Lunatic asylums United Provinces 1899-1908 - 1899-1908
Year: 1899
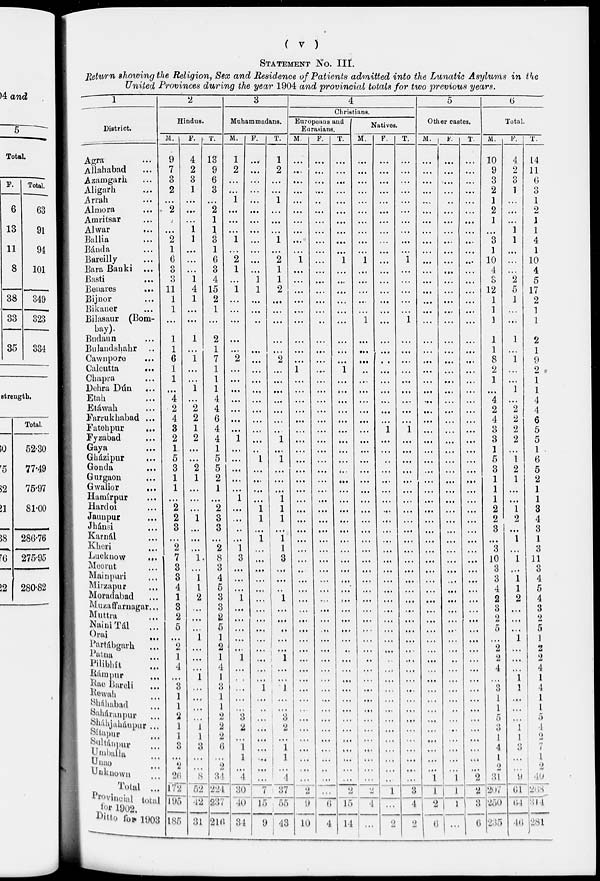
STATEMENT No. III.
Return showing the Religion, Sex and Residence of Patients admitted into the Lunatic Asylums in the
United Provinces during the year 1904 and provincial totals for two previous years.
1
District.
Agra ...
Allahabad ...
Azamgarh ...
Aligarh ...
Arrah ...
Almora...
Amritsar...
Alwar
...
Ballia ...
Bánda...
Bareilly...
Bara Banki ...
Basti
...
Benares
...
Bijnor ...
Bikaner ..
Bilasaur (Bom-
bay).
Budaun...
Bulandshahr...
Cawnpore
...
Calcutta
...
Chapra ...
Dehra Dún
...
Etah
. ..
Etáwah ...
Farrukhabad ...
Fatehpur ....
Fyzabad ...
Gaya...
Gházipur...
Gonda...
Gurgaon...
Gwalior
...
Hamzírpur...
Hardoi...
Jaunpur...
Jhánsi...
Karnál...
Kheri...
Lucknow...
Meerut...
Mainpuri...
Mirzapur...
Moradabad...
Muzaffarnagar...
Muttra...
Naini Tal...
Orai...
Partábgarh
...
Patna
Pilibhát
Rámpur ...
Rae Bareli ...
Rewah...
Sháhabad...
Saháranpur...
Sháhjahánpur ...
Sítapur...
Sultánpur...
Umbala...
Unao
Unknown...
Total ...
Provincial total
for 1902.
Ditto for 1903
2
Hindus.
M.
9
7
3
2
...
2
...
...
2
1
6
3
3
11
1
1
...
1
1
6
1
1
...
4
2
4
3
2
1
5
3
1
1
...
2
2
3
...
2
7
3
3
4
1
3
2
5
...
2
1
4
... 3
1
1
2
1
1
3
...
2
26
172
195
185
F.
4
2
3
1
...
...
...
1
1
...
...
...
1
4
1
...
...
1
...
1
...
...
1
...
2
2
1
2
...
...
2
1
...
...
...
1
...
...
...
1
...
1
1
2
...
...
...
1
...
...
...
1 ..
...
...
...
1
1
3
...
...
8
52
42
31
T.
13
9
6
3
...
2
1
1
3
1
6
3
4
15
2
1
...
2
1
7
1
1
1
4
4
6
4
4
1
5
5
2
1
...
2
3
3
...
2
8
3
4
5
3
3
2
5
1
2
1
4
1
3
1
1
2
2
2
6
...
2
34
224
237
216
3
Muhammadans.
M.
1
2
...
...
1
...
...
...
1
...
2
1
...
1
...
...
...
...
...
2
...
...
...
...
...
...
...
1
...
...
...
...
...
1
...
...
...
...
1
3
...
...
...
1
...
...
...
...
...
1
...
... ...
...
...
3
2
...
1
1
...
4
30
40
34
F.
...
...
...
...
...
...
...
...
...
...
...
...
1
1
...
...
...
...
...
...
...
...
...
...
...
...
...
.. .
1
...
...
...
...
1
1
...
1
...
...
...
...
...
...
...
...
...
...
...
...
...
... 1
...
...
...
...
...
...
...
...
...
7
15
9
T.
1
2
...
...
1
...
...
...
1
...
2
1
1
2
...
...
...
...
...
2
...
...
...
...
...
...
...
1
...
1
...
...
...
1
1
1
...
1
1
3
...
...
...
1
...
...
...
...
...
1
...
... 1
...
...
3
2
...
1
1
...
4
37
55
43
4
Christians.
Europeans and
Eurasians.
M.
...
...
...
...
...
...
...
...
...
...
1
...
...
...
...
...
...
...
...
...
1
...
...
...
...
...
...
...
...
...
...
...
...
...
...
...
...
...
...
...
...
...
...
...
...
...
...
...
...
...
... ...
...
...
...
...
...
...
...
...
...
...
9
10
F.
...
...
...
...
...
...
...
...
...
...
...
...
...
...
...
...
..
...
...
...
...
...
...
...
...
...
...
...
...
...
...
...
...
...
...
...
...
...
...
...
...
....
...
...
...
...
...
...
...
...
...
... ...
...
...
...
...
...
...
...
...
...
...
6
4
T.
...
...
...
...
...
...
...
...
...
...
1
...
...
...
...
...
...
...
...
...
1
...
...
...
...
...
...
...
...
...
...
...
...
...
...
...
...
...
...
...
...
...
...
...
...
...
...
...
...
...
... ...
...
...
...
...
...
...
...
...
...
...
l 5
14
Natives.
M.
...
...
...
...
...
...
...
...
...
...
1
...
...
...
...
...
1
...
...
...
..
...
...
...
...
...
...
...
...
...
...
...
...
...
...
...
...
...
...
...
...
...
...
...
...
...
...
...
...
...
...
... ...
...
...
...
...
...
...
...
...
...
2
4
...
F.
...
...
...
...
...
...
...
...
...
...
...
...
...
...
...
...
...
...
...
...
...
...
...
...
...
...
1
...
...
...
...
...
...
...
...
...
...
...
...
...
...
...
...
...
...
...
...
...
...
...
...
... ...
...
...
...
...
...
...
...
...
...
1 ...
2
T.
...
...
...
...
...
...
...
...
...
...
1
...
...
...
...
...
1
...
...
...
...
...
...
...
...
...
1
...
...
...
...
...
...
...
...
...
...
...
...
...
...
...
...
...
...
...
...
...
...
...
...
... ...
...
...
...
...
...
...
...
...
...
3
1
2
5
Other castes.
M.
...
...
...
...
...
...
...
...
...
...
...
...
...
...
...
...
...
...
...
...
...
...
...
...
...
...
...
...
...
...
...
...
...
...
...
...
...
...
...
...
...
...
...
...
...
...
...
...
...
...
...
... ...
...
...
...
...
...
...
...
...
1
1
2
6
F.
...
...
...
...
..
...
...
...
...
...
...
...
...
...
...
...
...
...
...
...
...
...
...
...
...
...
...
...
...
...
...
...
...
...
...
...
...
...
...
...
...
...
...
...
...
...
...
...
..
... ...
...
...
...
...
...
...
...
...
1
1
1
...
T.
...
...
...
...
...
...
...
...
...
...
...
...
...
...
...
...
...
...
...
...
...
...
...
...
...
...
...
...
...
...
...
...
...
...
...
...
...
...
...
...
...
...
...
...
...
...
...
...
...
...
...
... ...
...
...
...
...
...
...
...
...
2
2
...
6
6
Total.
M.
10
9
3
2
1
2
1
...
3
1
10
4
3
12
1
1
1
1
1
8
2
1
...
4
2
4
3
3
1
5
3
1
1
1
2
2
3
...
3
10
3
3
4
2
3
2
5
...
...
2
4
1 3
1
1
5
3
1
4
1
2
31
207
250
235
F.
4
2
3
1
...
...
...
1
1
...
...
...
2
5
1
...
...
1
...
1
...
...
1
...
2
2
2
2
...
1
2
1
...
...
1
2
...
1
...
1
...
1
1
2
...
...
...
1
...
...
...
... 1
...
...
...
1
1
3
...
...
9
61
64
46
T.
14
11
6
3
1
2
1
1
4
1
10
4
5
17
2
1
1
2
1
9
2
1
1
4
4
6
5
5
1
6
5
2
1
1
3
4
3
1
3
11
3
4
5
4
3
2
5
1
2
2
4
1
4
1
1
5
4
2
7
1
2
40
268
314
281